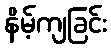
နိမ့်ကျခြင်း